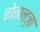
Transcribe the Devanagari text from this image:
बोनन्ज़ा